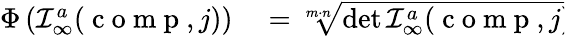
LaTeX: \begin{array}{rl}{\Phi\left({\cal I}_{\infty}^{a}(\mathrm{~c~o~m~p~},j)\right)}&{{}=\sqrt[m\cdot n]{\operatorname*{det}{\cal I}_{\infty}^{a}(\mathrm{~c~o~m~p~},j)}}\end{array}